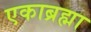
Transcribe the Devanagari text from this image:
एकाब्रह्मा